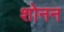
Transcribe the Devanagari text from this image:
शोनन